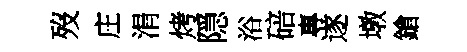
歿庄涓烤隠浴碚專遂墩鎗